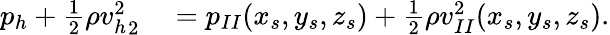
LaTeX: \begin{array}{rl}{p_{h}+\frac{1}{2}\rho{v_{h}^{2}}_{2}}&{{}={}p_{II}(x_{s},y_{s},z_{s})+\frac{1}{2}\rho{v_{II}^{2}}(x_{s},y_{s},z_{s}).}\end{array}